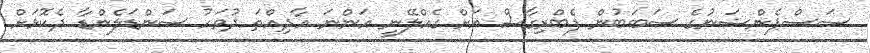
ސަސްޕެންޝަނުގެ ސަބަބުން ފެބްރިގާސް އަށް ގެއްލޭނީ އަންނަ އާދިއްތަ ދުވަހު ސަންޑަލެންޑާ ދެކޮޅަށް